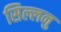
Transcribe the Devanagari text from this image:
सिल्लनु